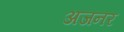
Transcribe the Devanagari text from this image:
अजनर